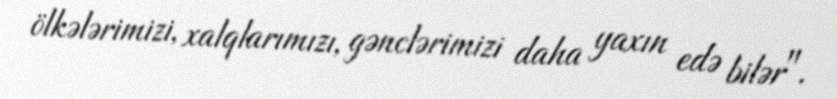
ölkələrimizi, xalqlarımızı, gənclərimizi daha yaxın edə bilər".